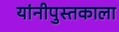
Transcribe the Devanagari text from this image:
यांनीपुस्तकाला